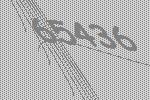
65436